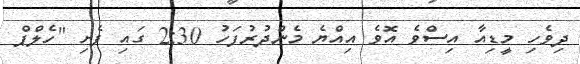
ދިވެހި މީޑިއާ އިސްވެ އޮވެ އިއްޔެ މެންދުރުފަހު 2:30 ގައި ފެށި "ހެލްޕް